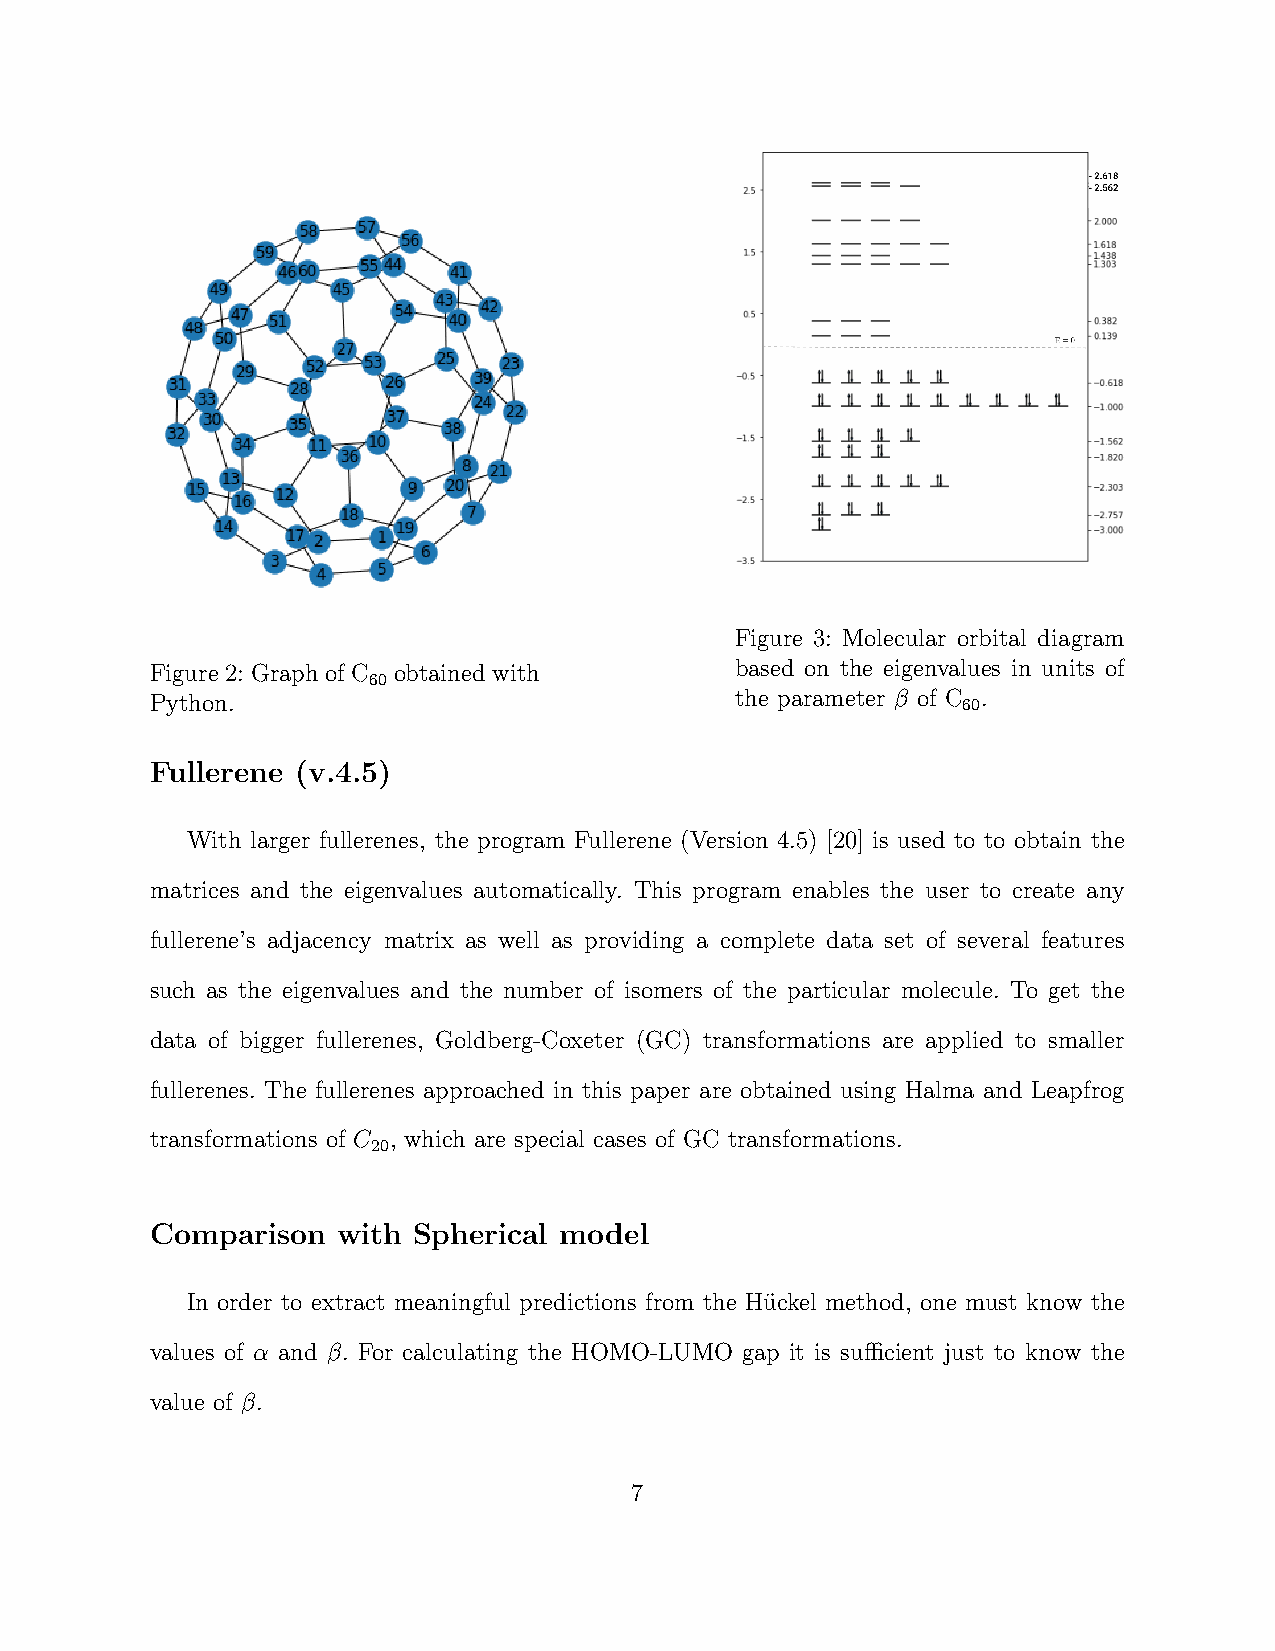
Figure 3: Molecular orbital diagram
 Figure 2: Graph of C obtained with     based on the eigenvalues in units of
 60
 Python.                                the parameter β of C 60.
 Fullerene (v.4.5)
 With larger fullerenes, the program Fullerene (Version 4.5) [20] is used to to obtain the
 matrices and the eigenvalues automatically. This program enables the user to create any
 fullerene’s adjacency matrix as well as providing a complete data set of several features
 such as the eigenvalues and the number of isomers of the particular molecule. To get the
 data of bigger fullerenes, Goldberg-Coxeter (GC) transformations are applied to smaller
 fullerenes. The fullerenes approached in this paper are obtained using Halma and Leapfrog
 transformations of C , which are special cases of GC transformations.
 20
 Comparison  with Spherical model
 In order to extract meaningful predictions from the Hu¨ckel method, one must know the
 values of α and β. For calculating the HOMO-LUMO gap it is sufficient just to know the
 value of β.
 7